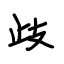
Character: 歧